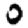
Digit: 0